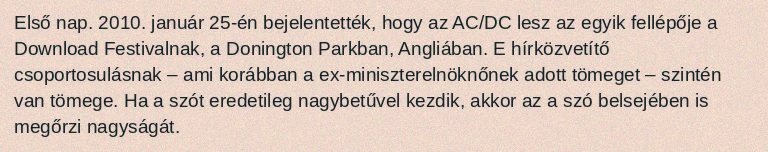
Első nap. 2010. január 25-én bejelentették, hogy az AC/DC lesz az egyik fellépője a Download Festivalnak, a Donington Parkban, Angliában. E hírközvetítő csoportosulásnak – ami korábban a ex-miniszterelnöknőnek adott tömeget – szintén van tömege. Ha a szót eredetileg nagybetűvel kezdik, akkor az a szó belsejében is megőrzi nagyságát.